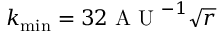
k _ { \operatorname* { m i n } } = 3 2 \mathrm { ~ A ~ U ~ } ^ { - 1 } \sqrt { r }